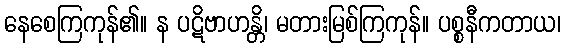
နေစေကြကုန်၏။ န ပဋိဗာဟန္တိ၊ မတားမြစ်ကြကုန်။ ပစ္စနီကတာယ၊